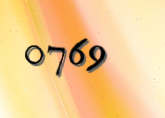
0769